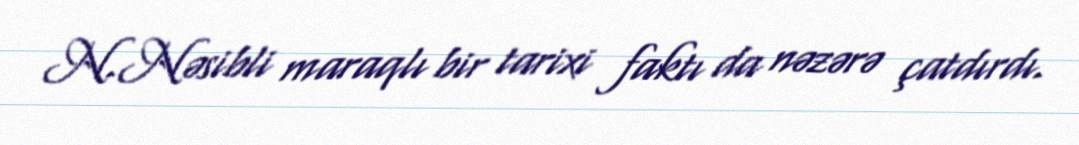
N.Nəsibli maraqlı bir tarixi faktı da nəzərə çatdırdı.